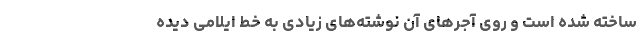
ساخته شده است و روی آجرهای آن نوشته‌‌های زیادی به خط ایلامی دیده